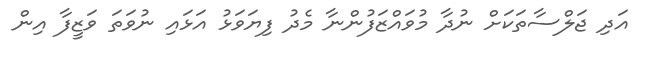
އަދި ޖަލްސާތަކަށް ނުދާ މުވައްޒަފުންނާ މެދު ފިޔަވަޅު އަޅައި ނުވަތަ ވަޒީފާ އިން